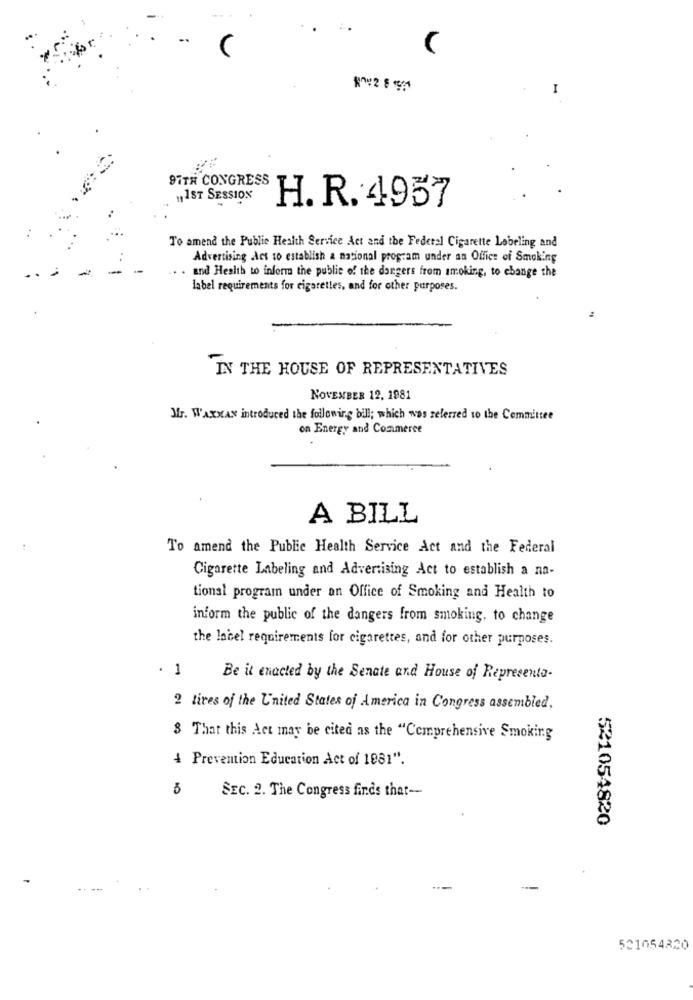
I
97TH CONGRESS
„1ST SESSION
H. R. 4957
To amend the Public Health Service Act and the Federal Cigarette Labeling and
Advertising Acs to establish a national program under an Office of Smoking
. and Health to inform the public of the dangers from smoking, to change the
label requirements for cigarettes, and for other purposes.
IN THE HOUSE OF REPRESENTATIVES
NOVEMBER 12, 1981
Mr. WAXMAN introduced the following bill; which was referred to the Committee
on Energy and Commerce
A BILL
To amend the Public Health Service Act and the Federal
Cigarette Labeling and Advertising Act to establish a na-
tional program under an Office of Smoking and Health to
inform the public of the dangers from smoking, to change
the label requirements for cigarettes, and for other purposes.
. 1
Be it enacted by the Senate and House of Representa-
2 tires of the United States of America in Congress assembled,
8 That this Act may be cited as the "Comprehensive Smoking
4 Prevention Education Act of 1081".
5
SEC. 2. The Congress finds that-
521054820
521054320